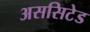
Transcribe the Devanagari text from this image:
अससिटेड